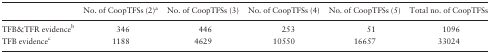
|  | No. of CoopTFSs (2)a | No. of CoopTFSs (3) | No. of CoopTFSs (4) | No. of CoopTFSs (5) | Total no. of CoopTFSs |
 | --- | --- | --- | --- | --- | --- |
 | TFB&TFR evidenceb | 346 | 446 | 253 | 51 | 1096 |
 | TFB evidencec | 1188 | 4629 | 10550 | 16657 | 33024 |